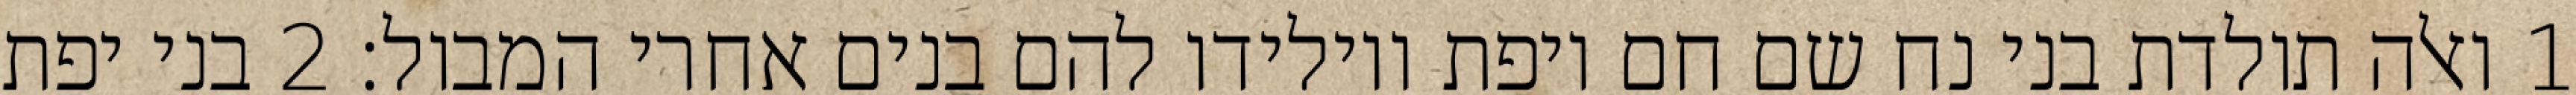
1 ואלה תולדת בני נח שם חם ויפת ויולידו להם בנים אחרי המבול׃ ‎2‏ בני יפת